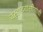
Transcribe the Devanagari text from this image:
वर्‍हाडवासीयांची